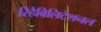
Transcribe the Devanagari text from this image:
रिहैबिलिटेशनल